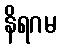
နိရဂမ